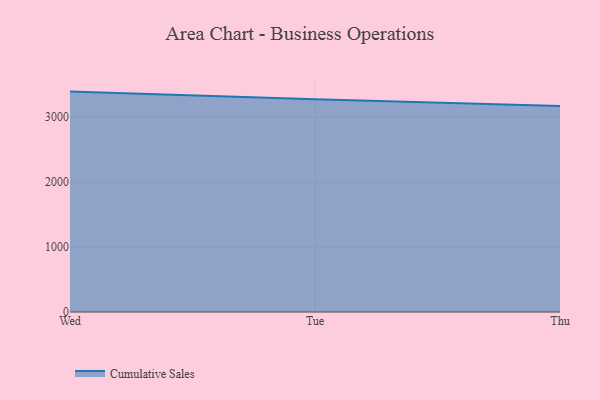
{"axis": {"x": "Day", "y": "Energy Usage (MWh)"}, "legend": ["Cumulative Sales"], "data": [{"x": "Wed", "y": 3391.4, "type": "Cumulative Sales"}, {"x": "Tue", "y": 3272.7, "type": "Cumulative Sales"}, {"x": "Thu", "y": 3169.6, "type": "Cumulative Sales"}]}